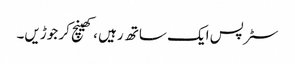
سٹرپس ایک ساتھ رہیں ، کھینچ کر جوڑیں۔